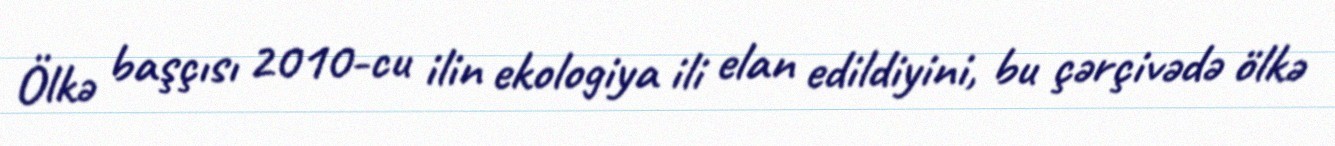
Ölkə başçısı 2010-cu ilin ekologiya ili elan edildiyini, bu çərçivədə ölkə